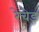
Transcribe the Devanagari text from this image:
रेचेड